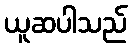
ယူဆပါသည်